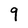
Character: 9